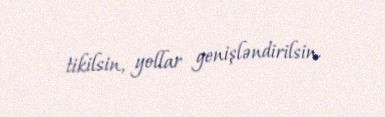
tikilsin, yollar genişləndirilsin.